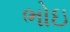
ભોઇ